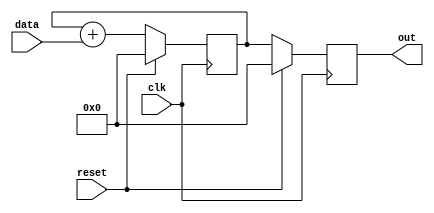
module sync_reset_example (
    input wire clk,        // Clock input
    input wire reset,      // Synchronous reset input
    input wire [7:0] data, // Example data input
    output reg [7:0] out   // Example output
);

// Internal state variable
reg [7:0] internal_state;

// Always block triggered on the rising edge of the clock
always @(posedge clk) begin
    if (reset) begin
        // Synchronous reset: Initialize internal state and output to reset values
        internal_state <= 8'h00; // Reset internal state to 0
        out <= 8'h00;             // Reset output to 0
    end else begin
        // Normal operation: Update internal state and output
        internal_state <= internal_state + data; // Example operation
        out <= internal_state;                    // Assign output to internal state
    end
end

endmodule